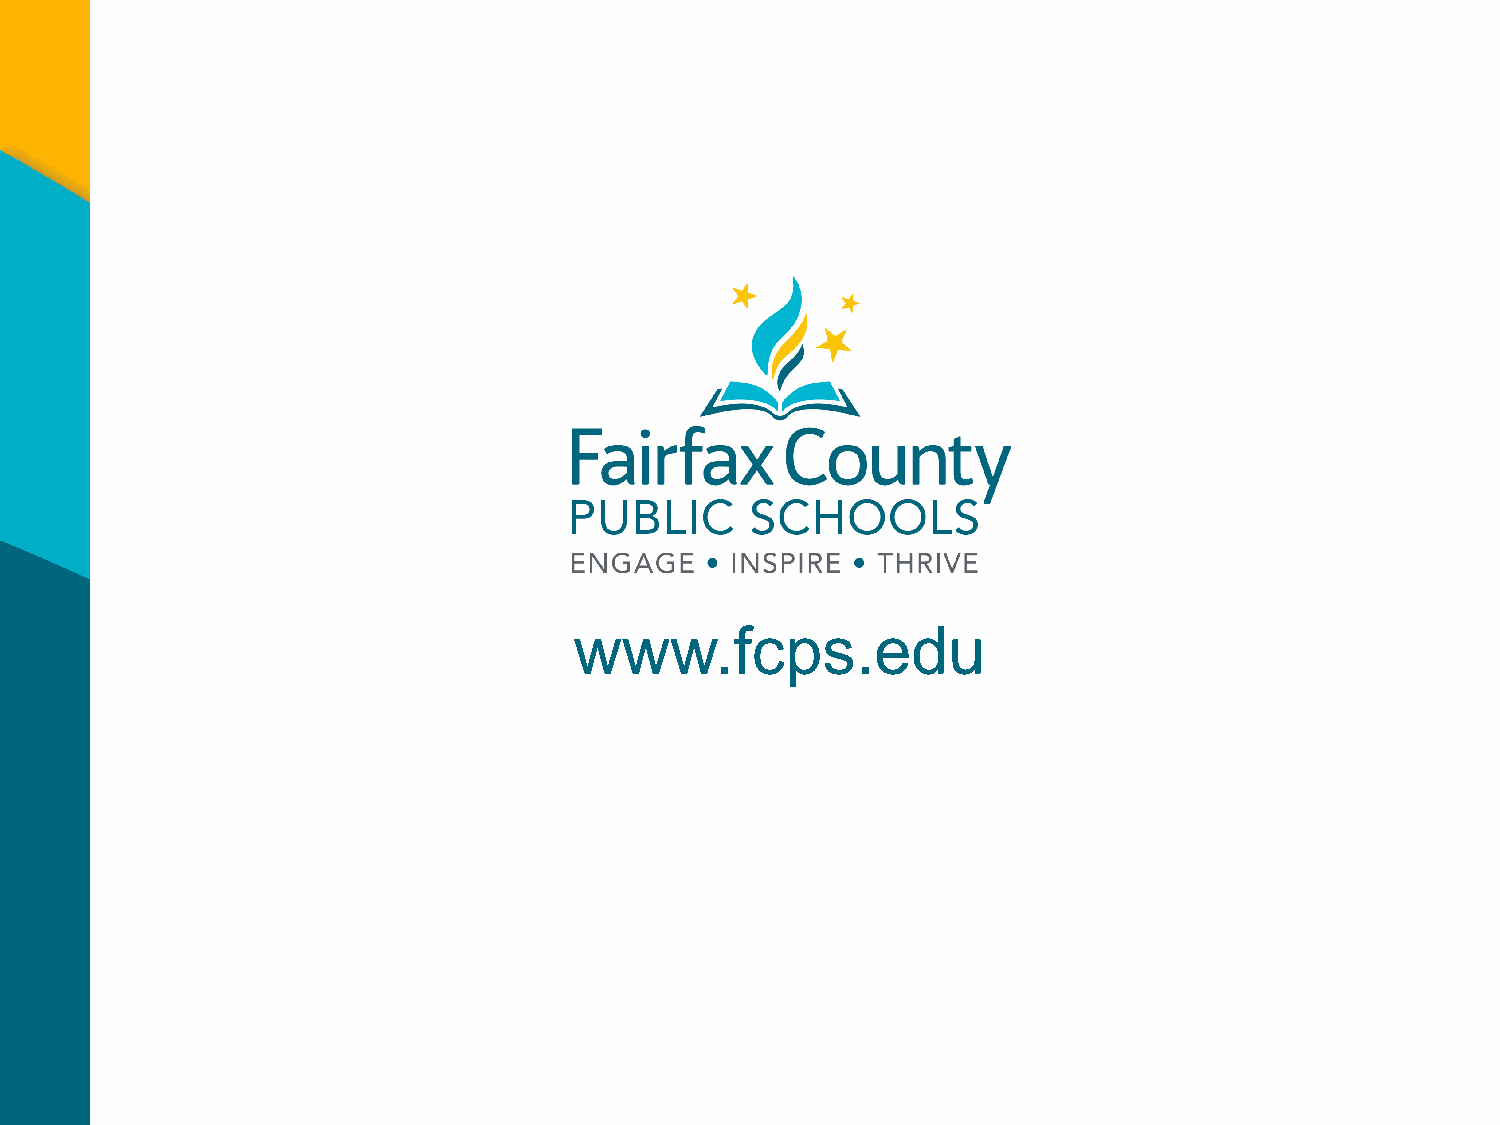
www.fcps.edu
 CLICK      TO   EDIT
 MASTER         TITLE     STYLE